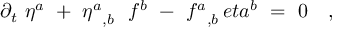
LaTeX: \partial _ { t } \ \eta ^ { a } \ + \ { \eta ^ { a } } _ { , b } \ \ f ^ { b } \ - \ { f ^ { a } } _ { , b } \, e t a ^ { b } \ = \ 0 \ \ \ ,